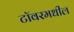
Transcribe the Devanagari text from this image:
टॉवरमधील